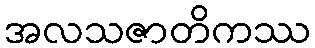
အလသဇာတိကဿ